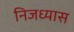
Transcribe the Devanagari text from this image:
निजध्यास